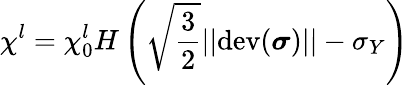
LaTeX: \chi^{l}=\chi_{0}^{l}H\left(\sqrt{\frac{3}{2}}||\mathrm{dev}(\boldsymbol\sigma)||-\sigma_{Y}\right)